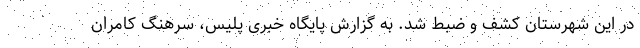
در این شهرستان کشف و ضبط شد. به گزارش پایگاه خبری پلیس، سرهنگ کامران